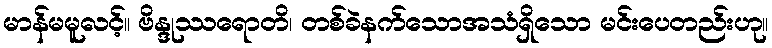
မာန်မမူလင့်။ ဗိန္ဒုဿရောတိ၊ တစ်ခဲနက်သောအသံရှိသော မင်းပေတည်းဟု။